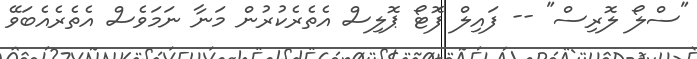
"ސްލޯ ލޮރިސް" -- ފައިލް ފޮަޓޯ ޕޮލިސް އެތެރެކުރުން މަނާ ނަމަވެސް އެތެރެއެބަވޭ